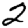
Digit: 2